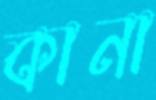
কানা